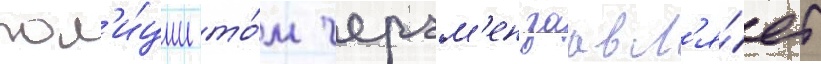
пол'и́ции то́м черчм'ен заавл'я́ет